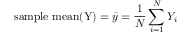
{ \mathrm { s a m p l e ~ m e a n ( Y ) } } = { \bar { y } } = { \frac { 1 } { N } } \sum _ { i = 1 } ^ { N } Y _ { i }